Report of the Imperial Institute of Veterinary Research, Muktesar
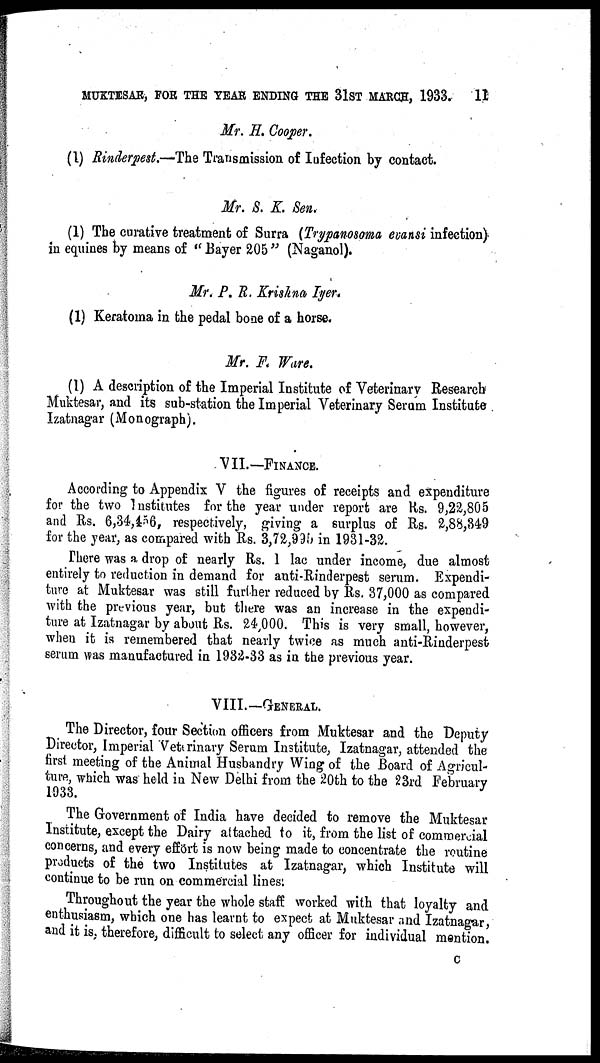
MUKTESAR, FOR THE YEAR ENDING THE 31ST MARCH, 1933.
11
Mr. H. Cooper.
(1) Rinderpest.—The Transmission of Infection by contact.
Mr. S. K. Sen.
(1) The curative treatment of Surra (Trypanosoma evansi infection)
in equines by means of " Bayer 205 " (Naganol).
Mr. P. R. Krishna Iyer.
(1) Keratoma in the pedal bone of a horse.
Mr. F. Ware.
(1) A description of the Imperial Institute of Veterinary Research
Muktesar, and its sub-station the Imperial Veterinary Serum Institute
Izatnagar (Monograph).
VII.—FINANCE.
According to Appendix V the figures of receipts and expenditure
for the two Institutes for the year under report are Rs. 9,22,805
and Rs. 6,34,456, respectively, giving a surplus of Rs. 2,88,349
for the year, as compared with Rs. 3,72,995 in 1931-32.
There was a drop of nearly Rs. 1 lac under income, due almost
entirely to reduction in demand for anti-Rinderpest serum. Expendi-
ture at Muktesar was still further reduced by Rs. 37,000 as compared
with the previous year, but there was an increase in the expendi-
ture at Izatnagar by about Rs. 24,000. This is very small, however,
when it is remembered that nearly twice as much anti-Rinderpest
serum was manufactured in 1932-33 as in the previous year.
VIII.-GENERAL.
The Director, four Section officers from Muktesar and the Deputy
Director, Imperial Veterinary Serum Institute, Izatnagar, attended the
first meeting of the Animal Husbandry Wing of the Board of Agricul-
ture, which was held in New Delhi from the 20th to the 23rd February
1933.
The Government of India have decided to remove the Muktesar
Institute, except the Dairy attached to it, from the list of commercial
concerns, and every effort is now being made to concentrate the routine
products of the two Institutes at Izatnagar, which Institute will
continue to be run on commercial lines.
Throughout the year the whole staff worked with that loyalty and
enthusiasm, which one has learnt to expect at Muktesar and Izatnagar,
and it is, therefore, difficult to select any officer for individual mention.
C